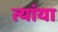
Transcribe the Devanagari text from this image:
त्यांया